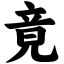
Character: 竟